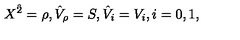
X ^ { \hat { 2 } } = \rho , { \hat { V } } _ { \rho } = S , { \hat { V } } _ { i } = V _ { i } , i = 0 , 1 ,